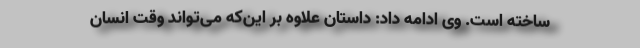
ساخته است. وی ادامه داد: داستان علاوه بر این‌که می‌تواند وقت انسان